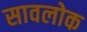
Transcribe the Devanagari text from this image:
सावलोक